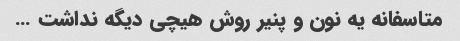
متاسفانه یه نون و پنیر روش هیچی دیگه نداشت …